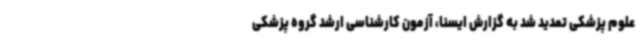
علوم پزشکی تمدید شد به گزارش ایسنا، آزمون کارشناسی ارشد گروه پزشکی